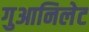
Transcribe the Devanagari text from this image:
गुआनिलेट